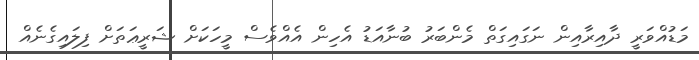
މަޑުއްވަރީ ދާއިރާއިން ނަގައިގަތް މެންބަރު ބުނާއަޑު އެހިން އެއްވެސް މީހަކަށް ޝަރީޢަތަށް ފިލައިގެނެއް